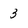
Character: 3